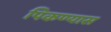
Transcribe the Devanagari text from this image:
पिकण्यास